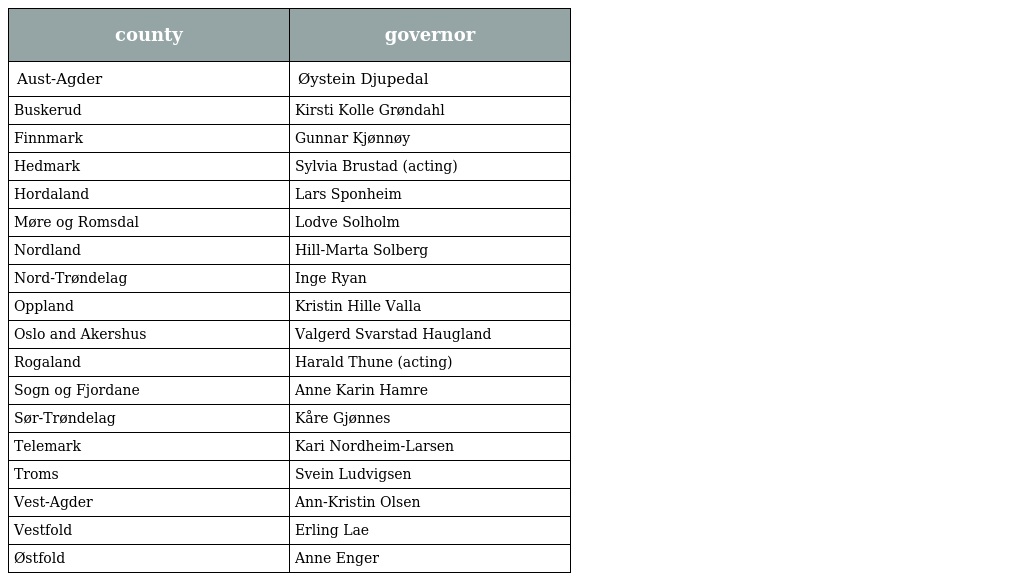
| county | governor |
 | --- | --- |
 | Aust-Agder | Øystein Djupedal |
 | Buskerud | Kirsti Kolle Grøndahl |
 | Finnmark | Gunnar Kjønnøy |
 | Hedmark | Sylvia Brustad (acting) |
 | Hordaland | Lars Sponheim |
 | Møre og Romsdal | Lodve Solholm |
 | Nordland | Hill-Marta Solberg |
 | Nord-Trøndelag | Inge Ryan |
 | Oppland | Kristin Hille Valla |
 | Oslo and Akershus | Valgerd Svarstad Haugland |
 | Rogaland | Harald Thune (acting) |
 | Sogn og Fjordane | Anne Karin Hamre |
 | Sør-Trøndelag | Kåre Gjønnes |
 | Telemark | Kari Nordheim-Larsen |
 | Troms | Svein Ludvigsen |
 | Vest-Agder | Ann-Kristin Olsen |
 | Vestfold | Erling Lae |
 | Østfold | Anne Enger |